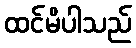
ထင်မိပါသည်